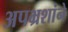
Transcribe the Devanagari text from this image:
अपभ्रशांने